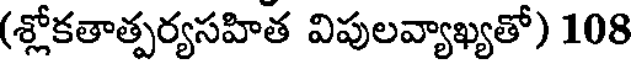
(శ్లోకతాత్పర్యసహిత విపులవ్యాఖ్యతో) 108